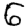
Digit: 6